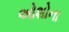
ઓશોના